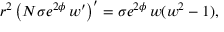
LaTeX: r ^ { 2 } \left( N \sigma e ^ { 2 \phi } \, w ^ { \prime } \right) ^ { \prime } = \sigma e ^ { 2 \phi } \, w ( w ^ { 2 } - 1 ) ,